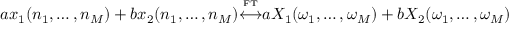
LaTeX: a x _ { 1 } ( n _ { 1 } , \ldots , n _ { M } ) + b x _ { 2 } ( n _ { 1 } , \ldots , n _ { M } ) { \overset { \underset { \mathrm { F T } } { } } { \longleftrightarrow } } a X _ { 1 } ( \omega _ { 1 } , \ldots , \omega _ { M } ) + b X _ { 2 } ( \omega _ { 1 } , \ldots , \omega _ { M } )